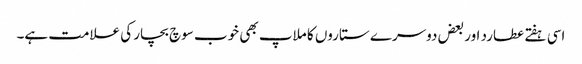
اسی ہفتے عطارد اور بعض دوسرے ستاروں کا ملاپ بھی خوب سوچ بچار کی علامت ہے۔